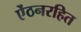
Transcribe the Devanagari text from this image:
ऐंठनरहित